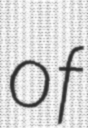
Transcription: of